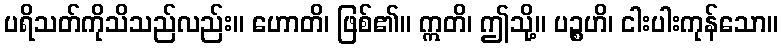
ပရိသတ်ကိုသိသည်လည်း။ ဟောတိ၊ ဖြစ်၏။ ဣတိ၊ ဤသို့။ ပဉ္စဟိ၊ ငါးပါးကုန်သော။